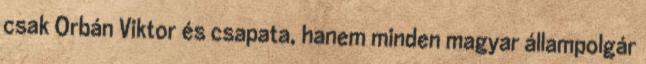
csak Orbán Viktor és csapata, hanem minden magyar állampolgár